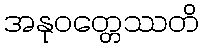
အနုဝတ္တေဿတိ